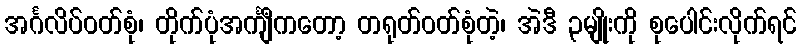
အင်္ဂလိပ်ဝတ်စုံ၊ တိုက်ပုံအင်္ကျီကတော့ တရုတ်ဝတ်စုံတဲ့၊ အဲဒီ ၃မျိုးကို စုပေါင်းလိုက်ရင်